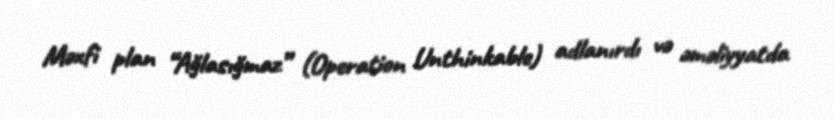
Məxfi plan “Ağlasığmaz” (Operation Unthinkable) adlanırdı və əməliyyatda